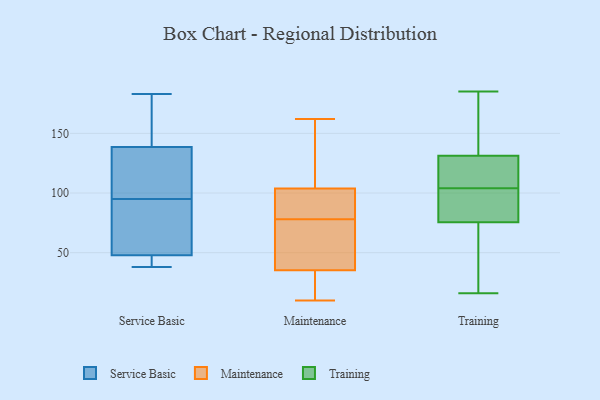
{"axis": {"x": "Gross Profit (USD K)", "y": "Value"}, "legend": ["Maintenance", "Service Basic", "Training"], "data": [{"x": "", "y": 50, "type": "Service Basic"}, {"x": "", "y": 73, "type": "Service Basic"}, {"x": "", "y": 46, "type": "Service Basic"}, {"x": "", "y": 69, "type": "Service Basic"}, {"x": "", "y": 142, "type": "Service Basic"}, {"x": "", "y": 183, "type": "Service Basic"}, {"x": "", "y": 183, "type": "Service Basic"}, {"x": "", "y": 43, "type": "Service Basic"}, {"x": "", "y": 47, "type": "Service Basic"}, {"x": "", "y": 38, "type": "Service Basic"}, {"x": "", "y": 117, "type": "Service Basic"}, {"x": "", "y": 154, "type": "Service Basic"}, {"x": "", "y": 95, "type": "Service Basic"}, {"x": "", "y": 115, "type": "Service Basic"}, {"x": "", "y": 128, "type": "Service Basic"}, {"x": "", "y": 70, "type": "Maintenance"}, {"x": "", "y": 32, "type": "Maintenance"}, {"x": "", "y": 91, "type": "Maintenance"}, {"x": "", "y": 71, "type": "Maintenance"}, {"x": "", "y": 94, "type": "Maintenance"}, {"x": "", "y": 10, "type": "Maintenance"}, {"x": "", "y": 153, "type": "Maintenance"}, {"x": "", "y": 104, "type": "Maintenance"}, {"x": "", "y": 45, "type": "Maintenance"}, {"x": "", "y": 82, "type": "Maintenance"}, {"x": "", "y": 162, "type": "Maintenance"}, {"x": "", "y": 10, "type": "Maintenance"}, {"x": "", "y": 51, "type": "Maintenance"}, {"x": "", "y": 15, "type": "Maintenance"}, {"x": "", "y": 103, "type": "Maintenance"}, {"x": "", "y": 107, "type": "Maintenance"}, {"x": "", "y": 115, "type": "Maintenance"}, {"x": "", "y": 78, "type": "Maintenance"}, {"x": "", "y": 16, "type": "Maintenance"}, {"x": "", "y": 126, "type": "Training"}, {"x": "", "y": 81, "type": "Training"}, {"x": "", "y": 114, "type": "Training"}, {"x": "", "y": 20, "type": "Training"}, {"x": "", "y": 185, "type": "Training"}, {"x": "", "y": 44, "type": "Training"}, {"x": "", "y": 118, "type": "Training"}, {"x": "", "y": 104, "type": "Training"}, {"x": "", "y": 169, "type": "Training"}, {"x": "", "y": 97, "type": "Training"}, {"x": "", "y": 123, "type": "Training"}, {"x": "", "y": 80, "type": "Training"}, {"x": "", "y": 93, "type": "Training"}, {"x": "", "y": 62, "type": "Training"}, {"x": "", "y": 147, "type": "Training"}, {"x": "", "y": 16, "type": "Training"}, {"x": "", "y": 181, "type": "Training"}]}